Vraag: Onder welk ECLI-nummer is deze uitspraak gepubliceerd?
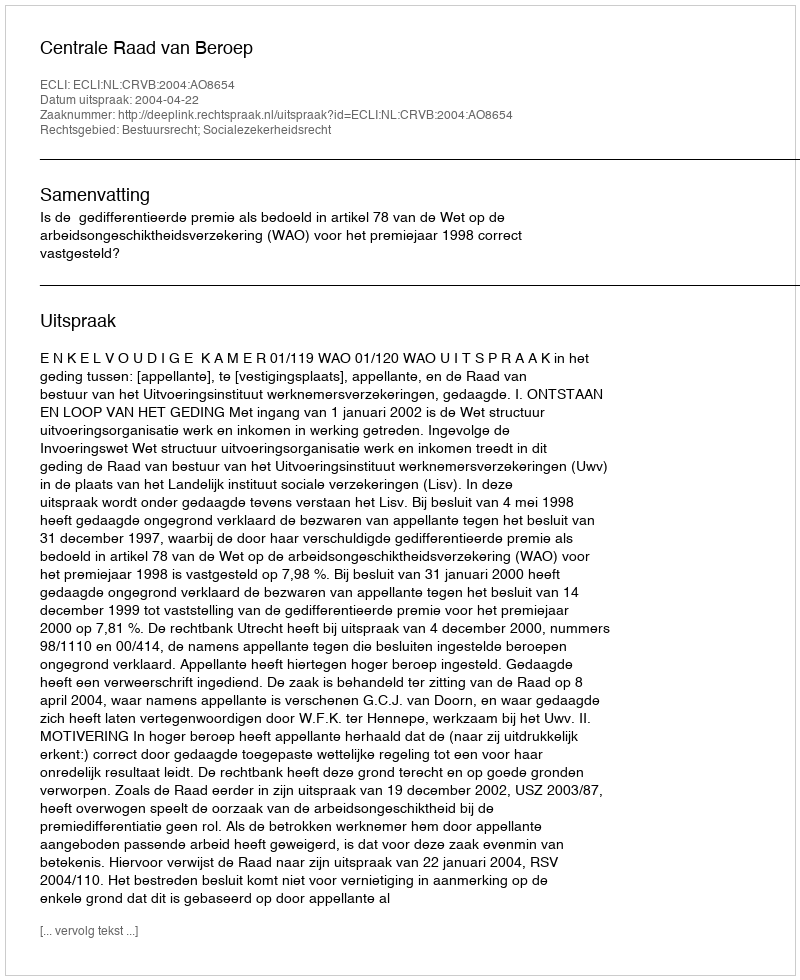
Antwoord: ECLI:NL:CRVB:2004:AO8654